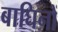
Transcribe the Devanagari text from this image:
बाघिनों